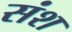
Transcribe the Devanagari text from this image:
संश